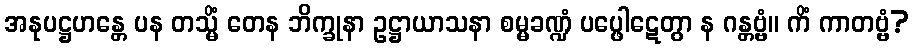
အနုပဋ္ဌဟန္တေ ပန တသ္မိံ တေန ဘိက္ခုနာ ဥဋ္ဌာယာသနာ စမ္မခဏ္ဍံ ပပ္ဖေါဋေတွာ န ဂန္တဗ္ဗံ။ ကိံ ကာတဗ္ဗံ?